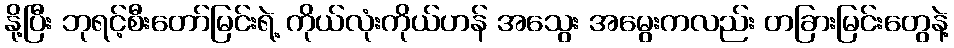
နို့ပြီး ဘုရင့်စီးတော်မြင်းရဲ့ ကိုယ်လုံးကိုယ်ဟန် အသွေး အမွေးကလည်း တခြားမြင်းတွေနဲ့